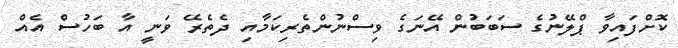
ކޮށްފައިވާ ޕްލޭނުގެ ސަބަބުން އޭނަގެ ވިސްނުންތެރިކަމާއި ދެތެރޭ ވަނީ އާ ބަހުސް އެއް